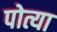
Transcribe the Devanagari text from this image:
पोत्या